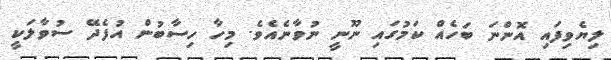
ލިޔެވިފައި އޮންނަ ބަހެއް ކަމުގައި ނޫނީ ނުވާނެއެވެ. މިހާ ހިސާބުން އުފެދޭ ސުވާލަކީ